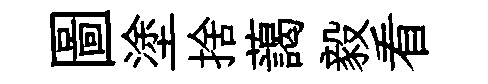
圖塗捨藹毅看